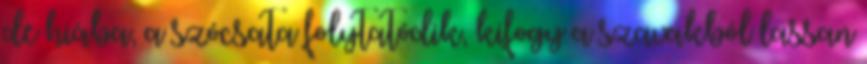
de hiába, a szócsata folytatódik, kifogy a szavakból lassan